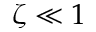
\zeta \ll 1